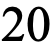
20